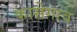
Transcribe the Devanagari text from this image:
कासेगाव